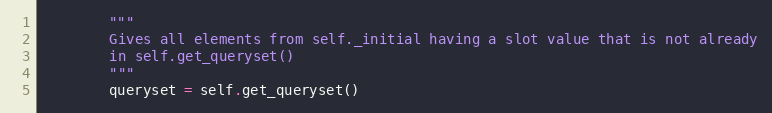
Language: Python
        """
        Gives all elements from self._initial having a slot value that is not already
        in self.get_queryset()
        """
        queryset = self.get_queryset()